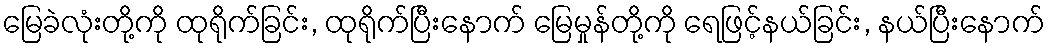
မြေခဲလုံးတို့ကို ထုရိုက်ခြင်း, ထုရိုက်ပြီးနောက် မြေမှုန်တို့ကို ရေဖြင့်နယ်ခြင်း, နယ်ပြီးနောက်